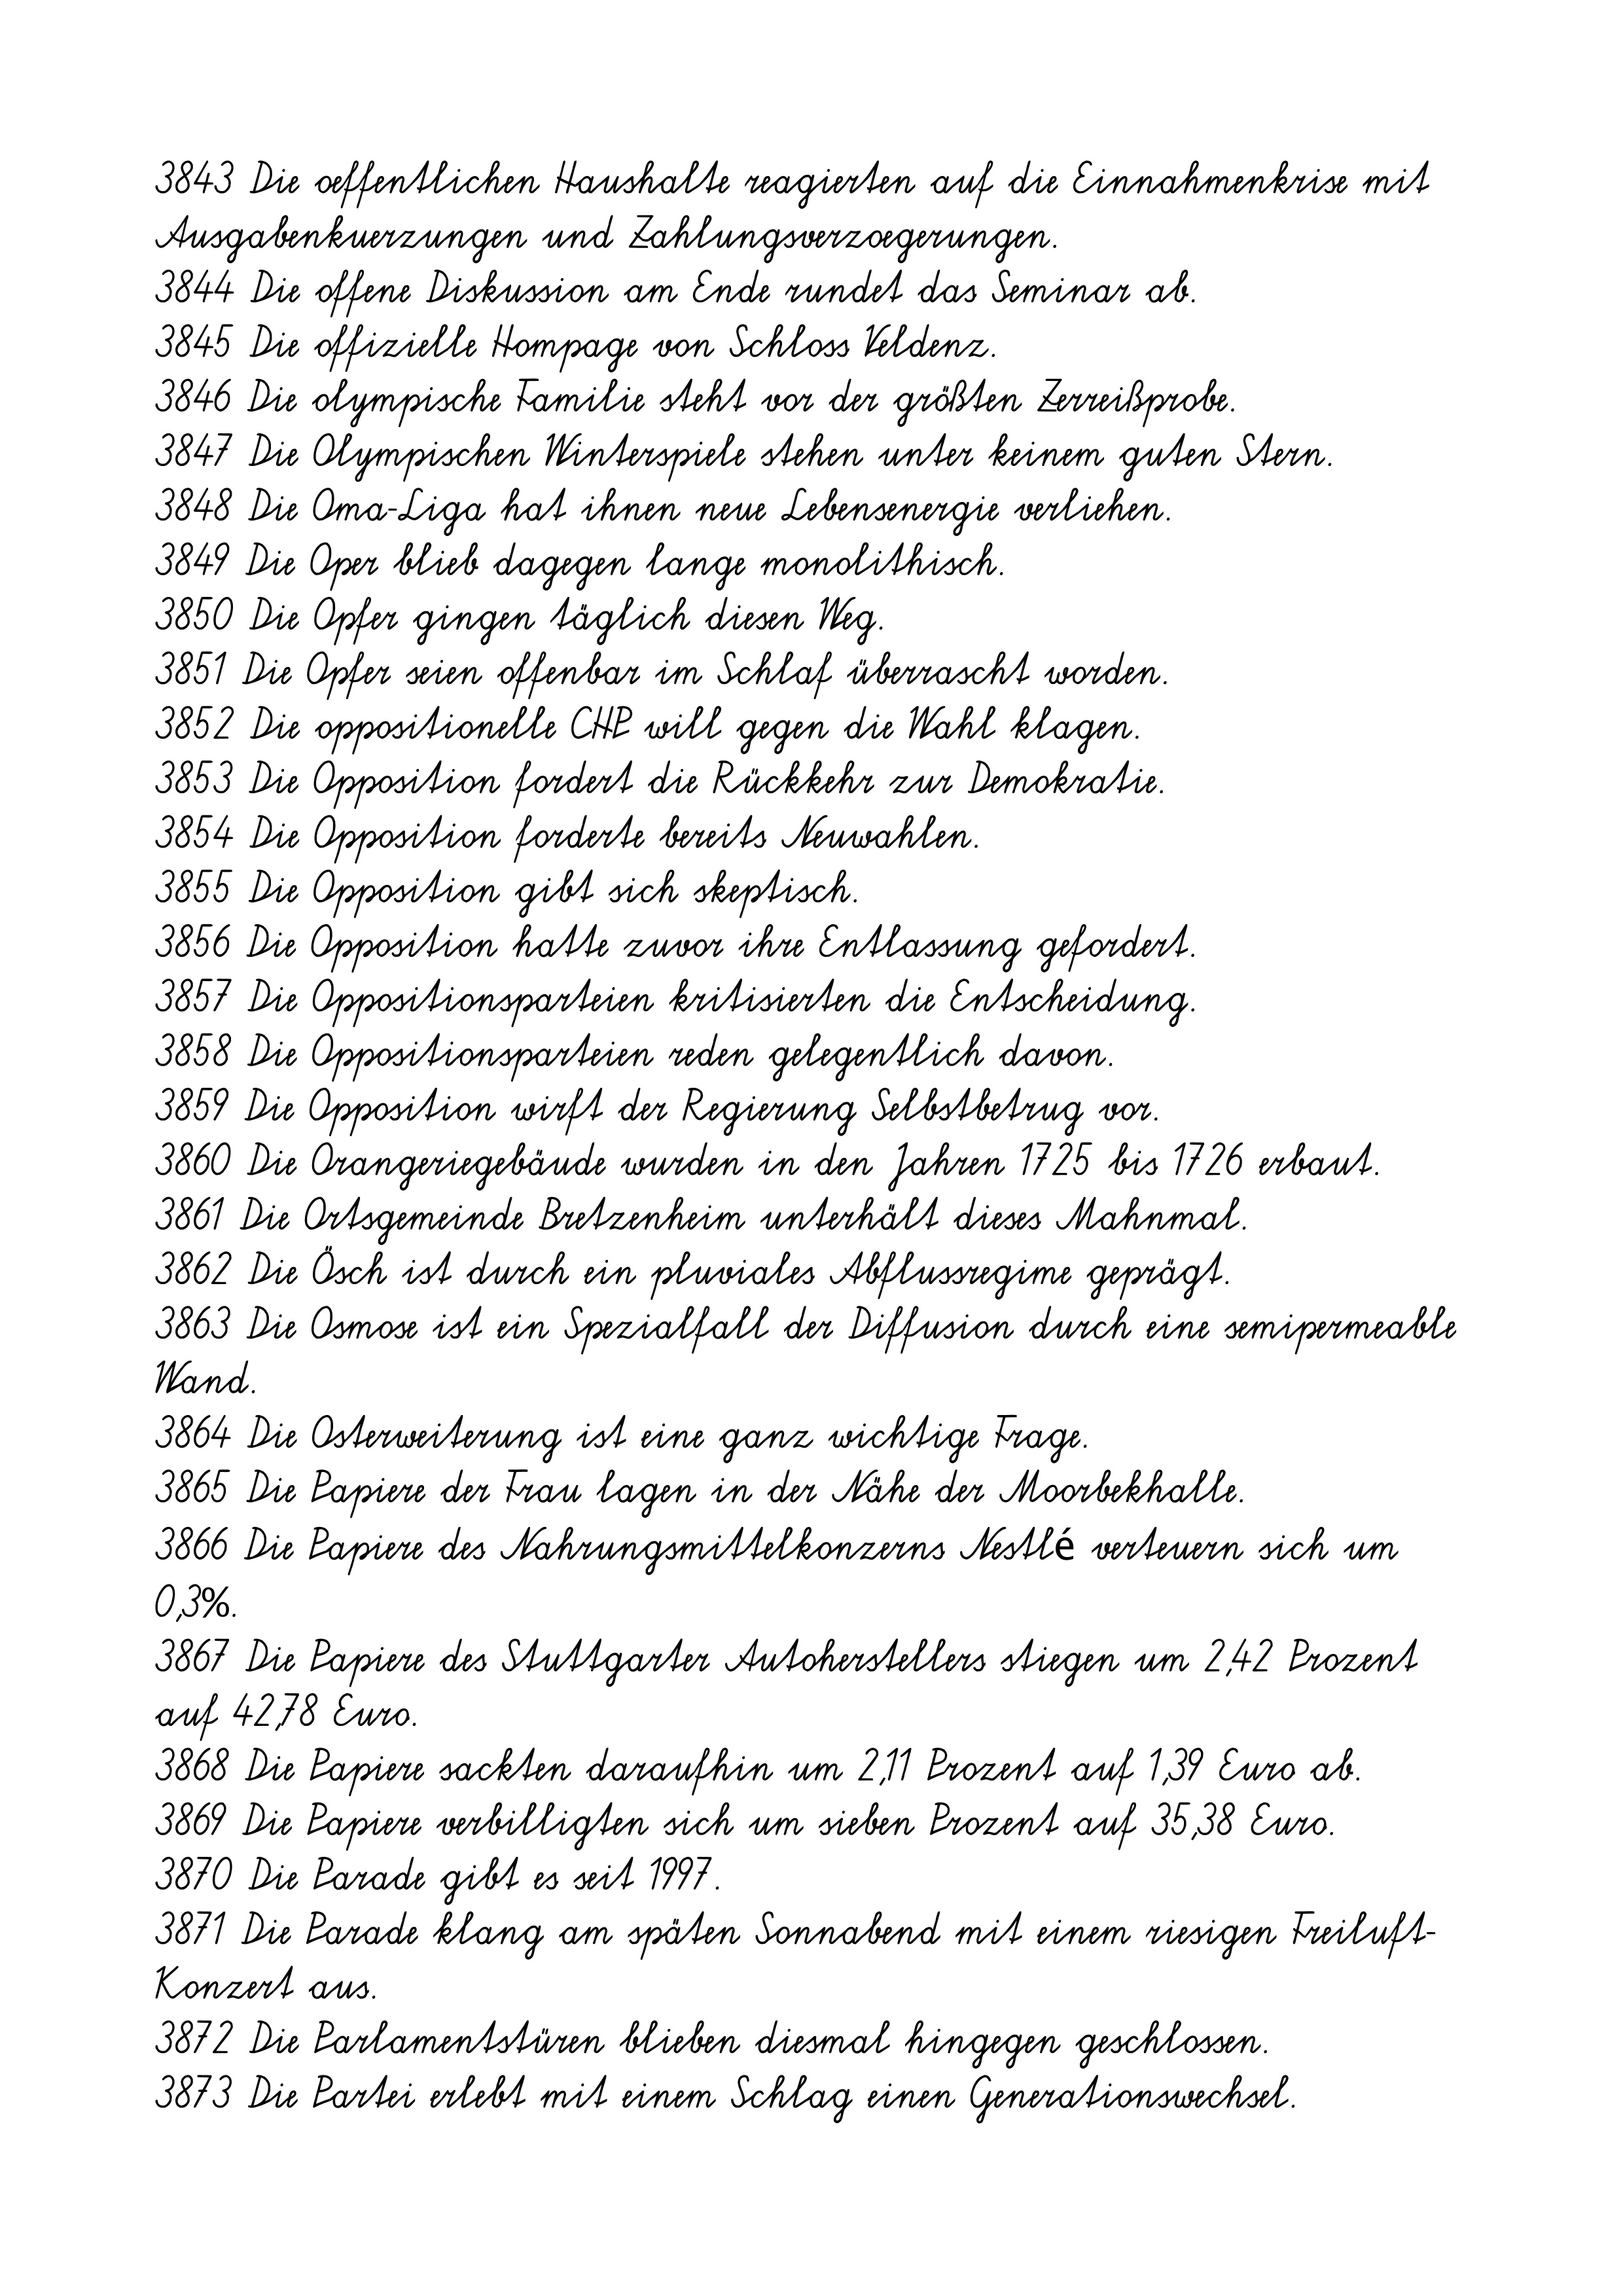
3843 Die oeffentlichen Haushalte reagierten auf die Einnahmenkrise mit
Ausgabenkuerzungen und Zahlungsverzoegerungen.
3844 Die offene Diskussion am Ende rundet das Seminar ab.
3845 Die offizielle Hompage von Schloss Veldenz.
3846 Die olympische Familie steht vor der größten Zerreißprobe.
3847 Die Olympischen Winterspiele stehen unter keinem guten Stern.
3848 Die Oma-Liga hat ihnen neue Lebensenergie verliehen.
3849 Die Oper blieb dagegen lange monolithisch.
3850 Die Opfer gingen täglich diesen Weg.
3851 Die Opfer seien offenbar im Schlaf überrascht worden.
3852 Die oppositionelle CHP will gegen die Wahl klagen.
3853 Die Opposition fordert die Rückkehr zur Demokratie.
3854 Die Opposition forderte bereits Neuwahlen.
3855 Die Opposition gibt sich skeptisch.
3856 Die Opposition hatte zuvor ihre Entlassung gefordert.
3857 Die Oppositionsparteien kritisierten die Entscheidung.
3858 Die Oppositionsparteien reden gelegentlich davon.
3859 Die Opposition wirft der Regierung Selbstbetrug vor.
3860 Die Orangeriegebäude wurden in den Jahren 1725 bis 1726 erbaut.
3861 Die Ortsgemeinde Bretzenheim unterhält dieses Mahnmal.
3862 Die Ösch ist durch ein pluviales Abflussregime geprägt.
3863 Die Osmose ist ein Spezialfall der Diffusion durch eine semipermeable
Wand.
3864 Die Osterweiterung ist eine ganz wichtige Frage.
3865 Die Papiere der Frau lagen in der Nähe der Moorbekhalle.
3866 Die Papiere des Nahrungsmittelkonzerns Nestlé verteuern sich um
0,3%.
3867 Die Papiere des Stuttgarter Autoherstellers stiegen um 2,42 Prozent
auf 42,78 Euro.
3868 Die Papiere sackten daraufhin um 2,11 Prozent auf 1,39 Euro ab.
3869 Die Papiere verbilligten sich um sieben Prozent auf 35,38 Euro.
3870 Die Parade gibt es seit 1997.
3871 Die Parade klang am späten Sonnabend mit einem riesigen Freiluft-
Konzert aus.
3872 Die Parlamentstüren blieben diesmal hingegen geschlossen.
3873 Die Partei erlebt mit einem Schlag einen Generationswechsel.